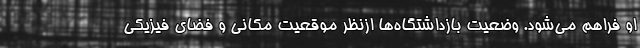
او فراهم می‌شود. وضعیت بازداشتگاه‌ها ازنظر موقعیت مکانی و فضای فیزیکی